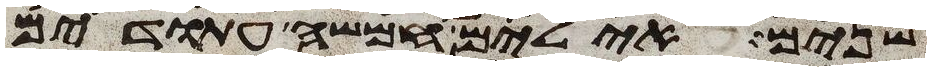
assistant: שנים אילים חמשה עתודים